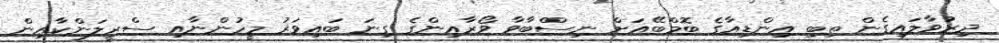
ދިރުވާލައިގެން ތިބި އިންޑިއާގެ ބޮމްބޭއަށް ނިސްްބާވާ ވޯރާއިންގެ ގިނަ ބައިވަރު މީހުންނާއި ސްރީލަންކާއިން